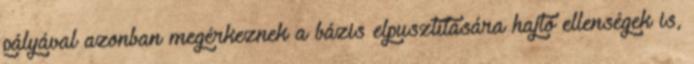
pályával azonban megérkeznek a bázis elpusztítására hajtó ellenségek is,